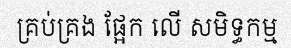
គ្រប់គ្រង ផ្អែក លើ សមិទ្ធកម្ម